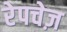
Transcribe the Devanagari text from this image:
रेपचेज़